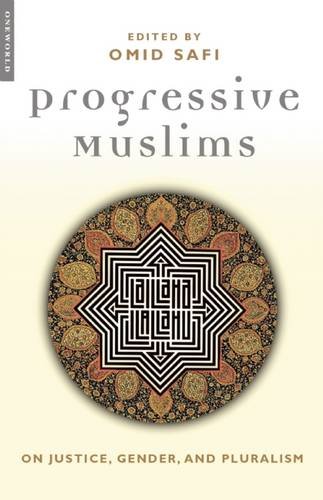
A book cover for Progressive Muslims: On Justice, Gender, and Pluralism; Omid Safi; Law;